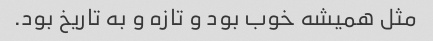
مثل همیشه خوب بود و تازه و به تاریخ بود.